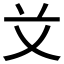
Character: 𰰝